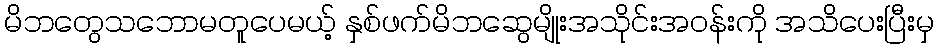
မိဘတွေသဘောမတူပေမယ့် နှစ်ဖက်မိဘဆွေမျိုးအသိုင်းအဝန်းကို အသိပေးပြီးမှ